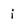
Character: i